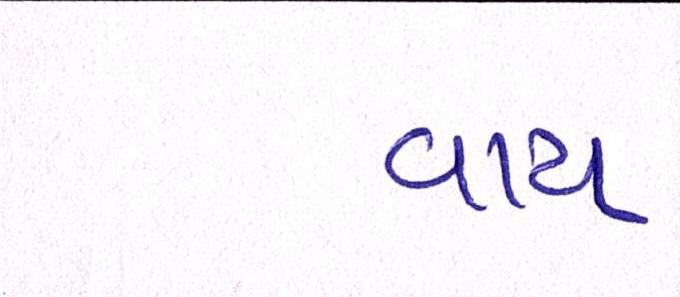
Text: વાય